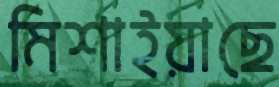
মিশাইয়াছে